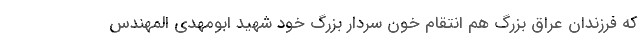
که فرزندان عراق بزرگ هم انتقام خون سردار بزرگ خود شهید ابومهدی المهندس